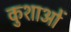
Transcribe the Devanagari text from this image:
कुशाओं